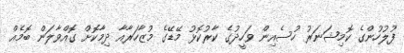
ފުލުހުންގެ ކޮމިޝަނަރު ހުސެއިން ވަހީދުގެ ކާރުކޮޅު މޭޑޭގެ މުޒާހަރާއާ ދިމާކޮށް ގޮއްވާލަން ބޮމެއް